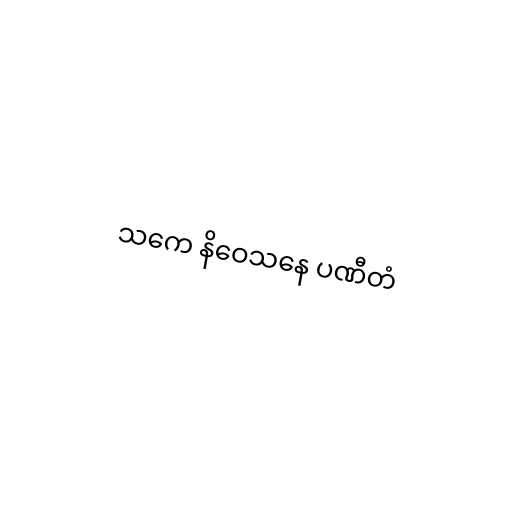
သကေ နိဝေသနေ ပဏီတံ